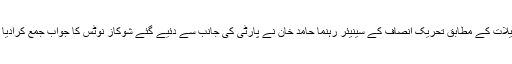
تفصیلات کے مطابق تحریک انصاف کے سینیئر رہنما حامد خان نے پارٹی کی جانب سے دئیے گئے شوکاز نوٹس کا جواب جمع کرادیا ہے۔